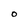
Character: o